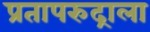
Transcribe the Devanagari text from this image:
प्रतापरुद्राला